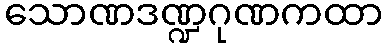
သောဏဒဏ္ဍဂုဏကထာ